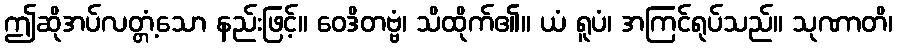
ဤဆိုအပ်လတ္တံ့သော နည်းဖြင့်။ ဝေဒိတဗ္ဗံ၊ သိထိုက်၏။ ယံ ရူပံ၊ အကြင်ရုပ်သည်။ သုဏာတိ၊